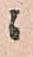
ニ